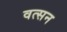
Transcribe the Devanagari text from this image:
वत्सन